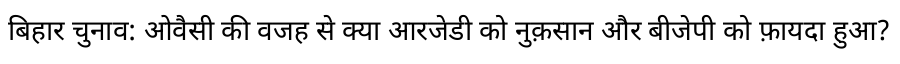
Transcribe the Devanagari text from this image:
बिहार चुनाव: ओवैसी की वजह से क्या आरजेडी को नुक़सान और बीजेपी को फ़ायदा हुआ?